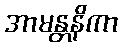
အာမန္တနိကာ